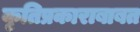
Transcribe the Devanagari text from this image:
कृतिप्रकाराबाबत